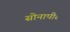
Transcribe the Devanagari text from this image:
सोनापीर